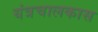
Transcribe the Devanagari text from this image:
यंत्रचालकास